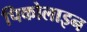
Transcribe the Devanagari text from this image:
पिकोलाइन